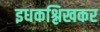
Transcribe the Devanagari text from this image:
इधकश्लिखकर